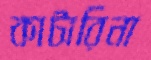
কাটারিনা